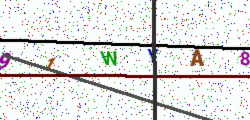
Text: 91WYA8